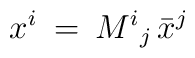
x^i \>=\> {M^i{}_j} \,{\bar x}^j